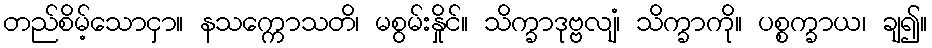
တည်စိမ့်သောငှာ။ နသက္ကောသတိ၊ မစွမ်းနှိုင်။ သိက္ခာဒုဗ္ဗလျံ၊ သိက္ခာကို။ ပစ္စက္ခာယ၊ ချ၍။